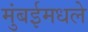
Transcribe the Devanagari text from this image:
मुंबईमधले